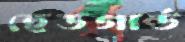
হেডগার্ড